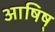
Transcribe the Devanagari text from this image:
आषिष्